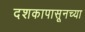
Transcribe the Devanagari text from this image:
दशकापासूनच्या